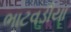
ભાટવડીયા